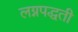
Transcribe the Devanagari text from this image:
लग्नपद्धती